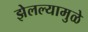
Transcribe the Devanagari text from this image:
झेलल्यामुळे